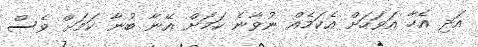
އަދި އެހާ އަވަހަށް އެކަމެއް ނުވާނެ ކަމަށް އޭނާ ބުނާ ކަމަށް ވެސް